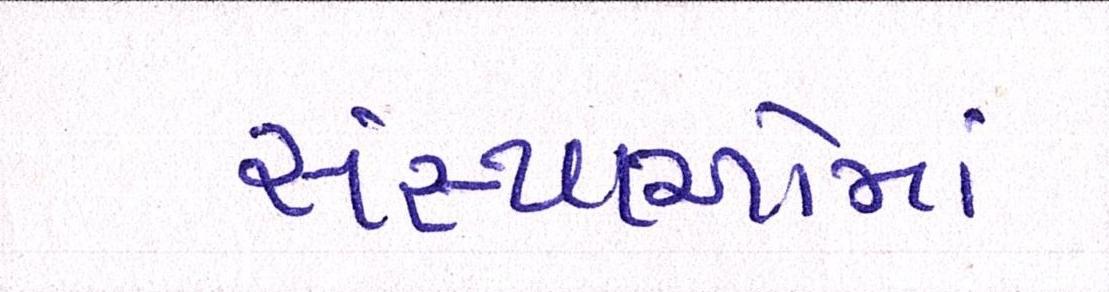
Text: સંસ્થાઓમાં